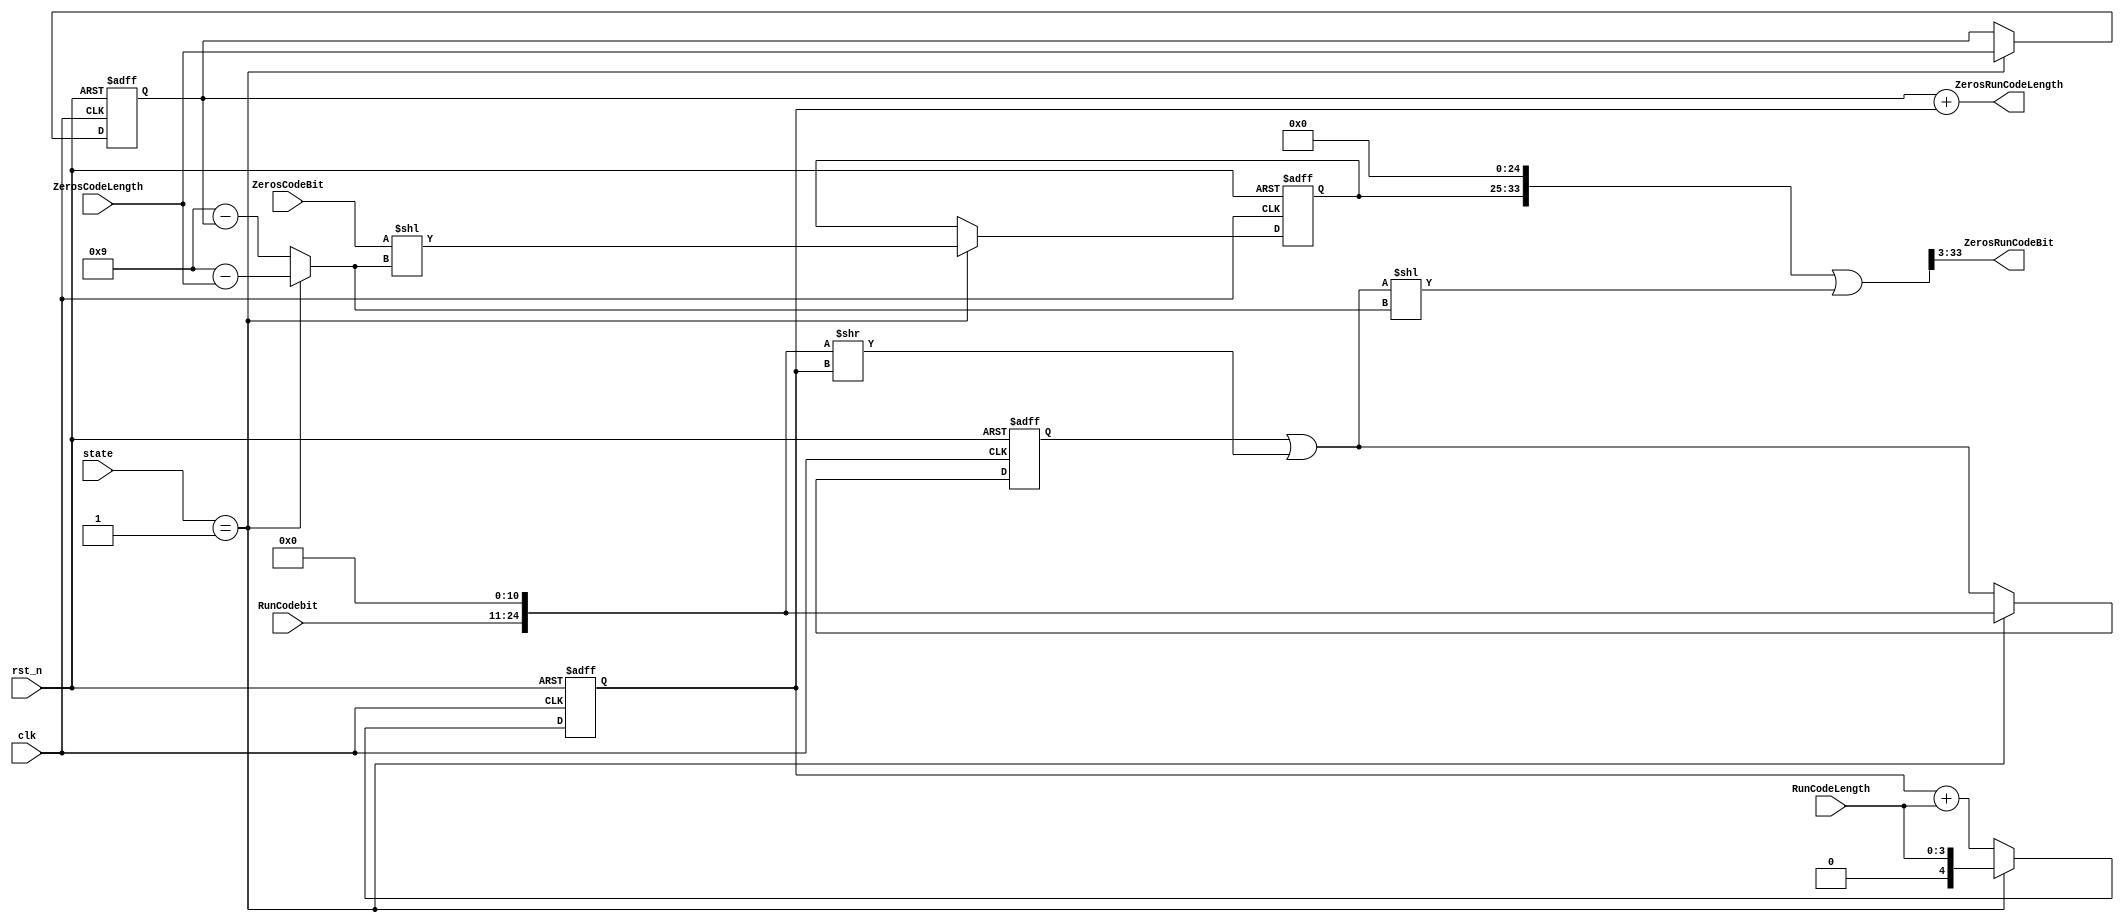
module Zeros_Run_packer(
				clk,
				rst_n,
				state,
				ZerosCodeBit,
				ZerosCodeLength,
				RunCodebit,
				RunCodeLength,	
				ZerosRunCodeBit,
				ZerosRunCodeLength
);

parameter 	enc_init    = 4'b0000, //enc init
			enc_cycle0  = 4'b0001, //enc clock 1
			enc_cycle1  = 4'b0010, //enc clock 2
			enc_cycle2  = 4'b0011, //enc clock 3
			enc_cycle3  = 4'b0100, //enc clock 4
            enc_cycle4  = 4'b0101, //enc clock 5
            enc_cycle5  = 4'b0110, //enc clock 6
            enc_cycle6  = 4'b0111, //enc clock 7
            enc_cycle7  = 4'b1000; //enc clock 8

input         clk, rst_n;
input  [3:0]  state;
input  [2:0]  ZerosCodeBit;
input  [3:0]  ZerosCodeLength;
input  [13:0] RunCodebit;
input  [3:0]  RunCodeLength;

output [30:0] ZerosRunCodeBit;
output [4:0]  ZerosRunCodeLength;


reg    [24:0] regRunCode;
reg    [4:0]  regRunLength;
reg    [8:0]  ZerosCode;
reg    [3:0]  ZerosLength;


wire   [33:0] tmpCodeBit;
wire   [3:0]  bubble0,bubble1;
wire   [8:0]  tmpZerosCode;
wire   [4:0]  tmpRunCodeLength;
wire   [24:0] tmpRunCode;
wire   [24:0] tmpRunCode2;
wire   [33:0] ZerosRunCodeBit1;


assign bubble0 = (state == enc_cycle0)? (4'd9 - ZerosCodeLength) 
			   : (4'd9 - ZerosLength);
assign tmpZerosCode = (state == enc_cycle0)? ({6'b0,ZerosCodeBit}<<bubble0) : 9'b0;

always @(posedge clk or negedge rst_n) begin
	if(!rst_n) begin
		ZerosCode <= 0;
		ZerosLength   <= 0;
	end
	else if(state == enc_cycle0) begin
		ZerosCode <= tmpZerosCode;
		ZerosLength   <= ZerosCodeLength;
	end
	else begin
		ZerosCode <= ZerosCode;
		ZerosLength   <= ZerosLength;
	end
end

always @(posedge clk or negedge rst_n) begin
	if(!rst_n) begin
		regRunLength <= 0;
		regRunCode   <= 0;
	end
	else begin
		regRunLength <= tmpRunCodeLength;
		regRunCode   <= tmpRunCode;
	end
end

assign tmpRunCode2 = regRunCode | {RunCodebit,11'b0}>>regRunLength;

assign tmpRunCode = (state == enc_cycle0)?{RunCodebit,11'b0} : tmpRunCode2; 
assign tmpRunCodeLength = (state == enc_cycle0)?RunCodeLength 
                        : (regRunLength+RunCodeLength);
	
assign ZerosRunCodeBit1 = {ZerosCode,25'b0} | ({9'b0, tmpRunCode2}<<bubble0);
assign ZerosRunCodeBit = ZerosRunCodeBit1[33:3];
assign ZerosRunCodeLength = ZerosLength + regRunLength;

endmodule